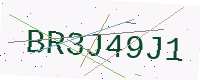
Text: BR3J49J1